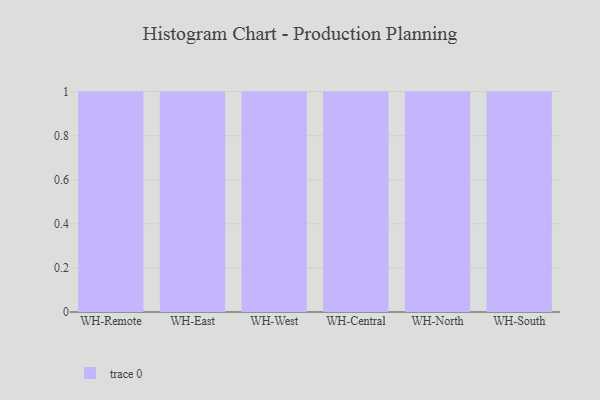
{"axis": {"x": "Warehouse", "y": "Humidity (%)"}, "legend": [""], "data": [{"x": "WH-Remote", "y": 5, "type": ""}, {"x": "WH-East", "y": 81, "type": ""}, {"x": "WH-West", "y": 38, "type": ""}, {"x": "WH-Central", "y": 76, "type": ""}, {"x": "WH-North", "y": 89, "type": ""}, {"x": "WH-South", "y": 67, "type": ""}]}